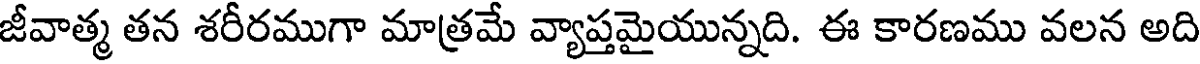
జీవాత్మ తన శరీరముగా మాత్రమే వ్యాప్తమైయున్నది. ఈ కారణము వలన అది